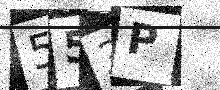
Text: 553P